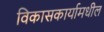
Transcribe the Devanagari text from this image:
विकासकार्यामधील